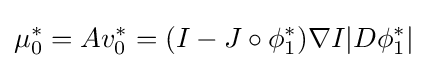
\mu _{0}^{*}=Av_{0}^{*}=(I-J\circ \phi _{1}^{*})\nabla I|D\phi _{1}^{*}|